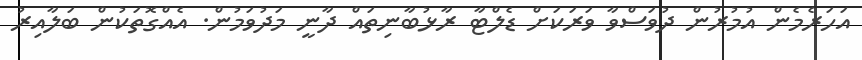
އަހަރެމެން އުމުރުން ދުވަސްވާ ވަރަކަށް ޑެލްޓާ ރާޅުބާނިތައް ދާނީ މަދުވަމުން. އެއްގޮތަކުން ބަލާއިރު